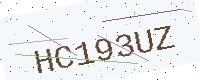
Text: HC193UZ